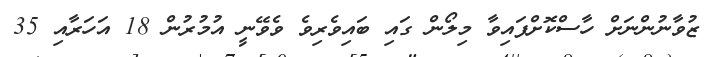
ޒުވާނުންނަށް ހާސްކޮށްފައިވާ މިލޯން ގައި ބައިވެރިވެ ވެވޭނީ އުމުރުން 18 އަހަރާއި 35